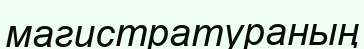
магистратураның